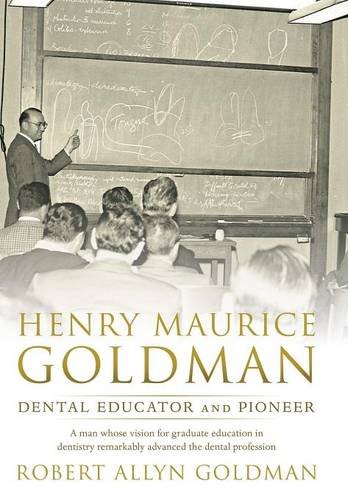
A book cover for Henry Maurice Goldman: Dental Educator and Pioneer; Robert Allyn Goldman; Biographies & Memoirs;